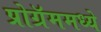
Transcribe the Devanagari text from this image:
प्रोग्रॅममध्ये